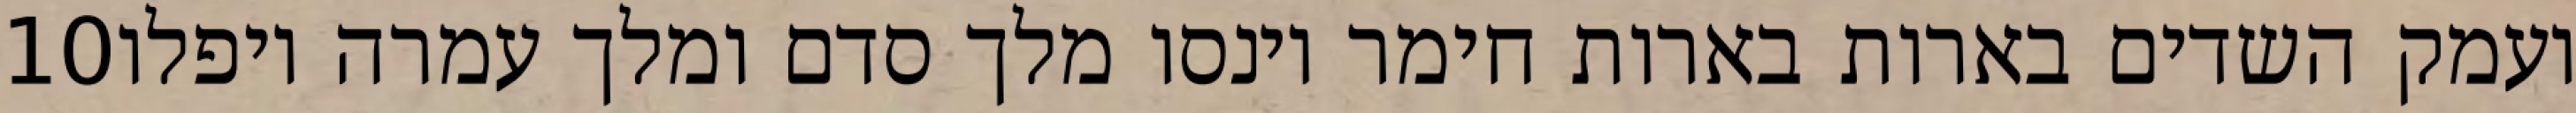
‎10‏ ועמק השדים בארות בארות חימר וינסו מלך סדם ומלך עמרה ויפלו